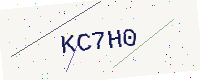
Text: KC7H0